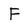
Character: F